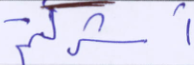
أشركتم